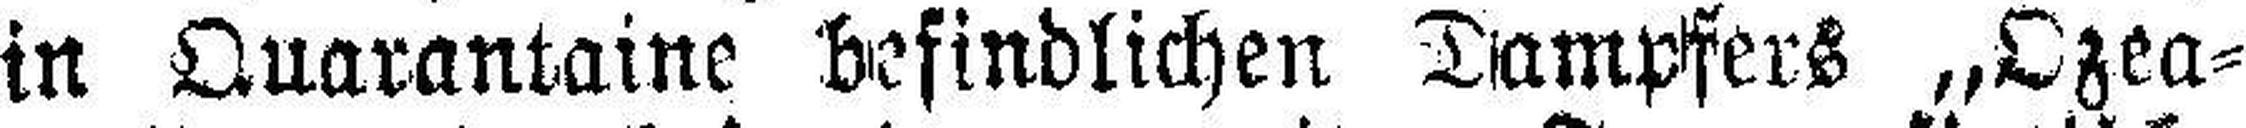
in Quarantaine befindlichen Dampfers „Ozea¬